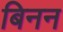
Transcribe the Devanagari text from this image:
बिनन